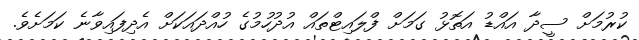
ކުރުމަށް ސީދާ އައްޑު އަތޮޅު ގަމަށް ފްލައިޓްތައް އުދުހުމުގެ ހުއްދައަކަށް އެދިފައިވާނެ ކަމަށެވެ.